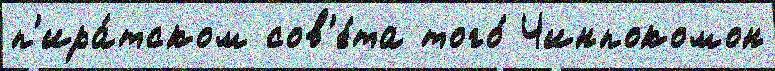
п'ира́тском сов'е́та того́ Чинпокомон